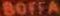
BOFFA